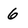
Character: 6